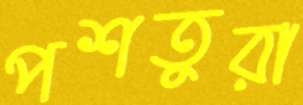
পশতুরা